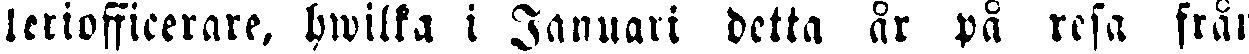
leriofficerare, hwilka i Januari detta år på resa från